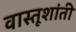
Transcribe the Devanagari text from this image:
वास्तूशांती